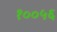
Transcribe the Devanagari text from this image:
१००५६